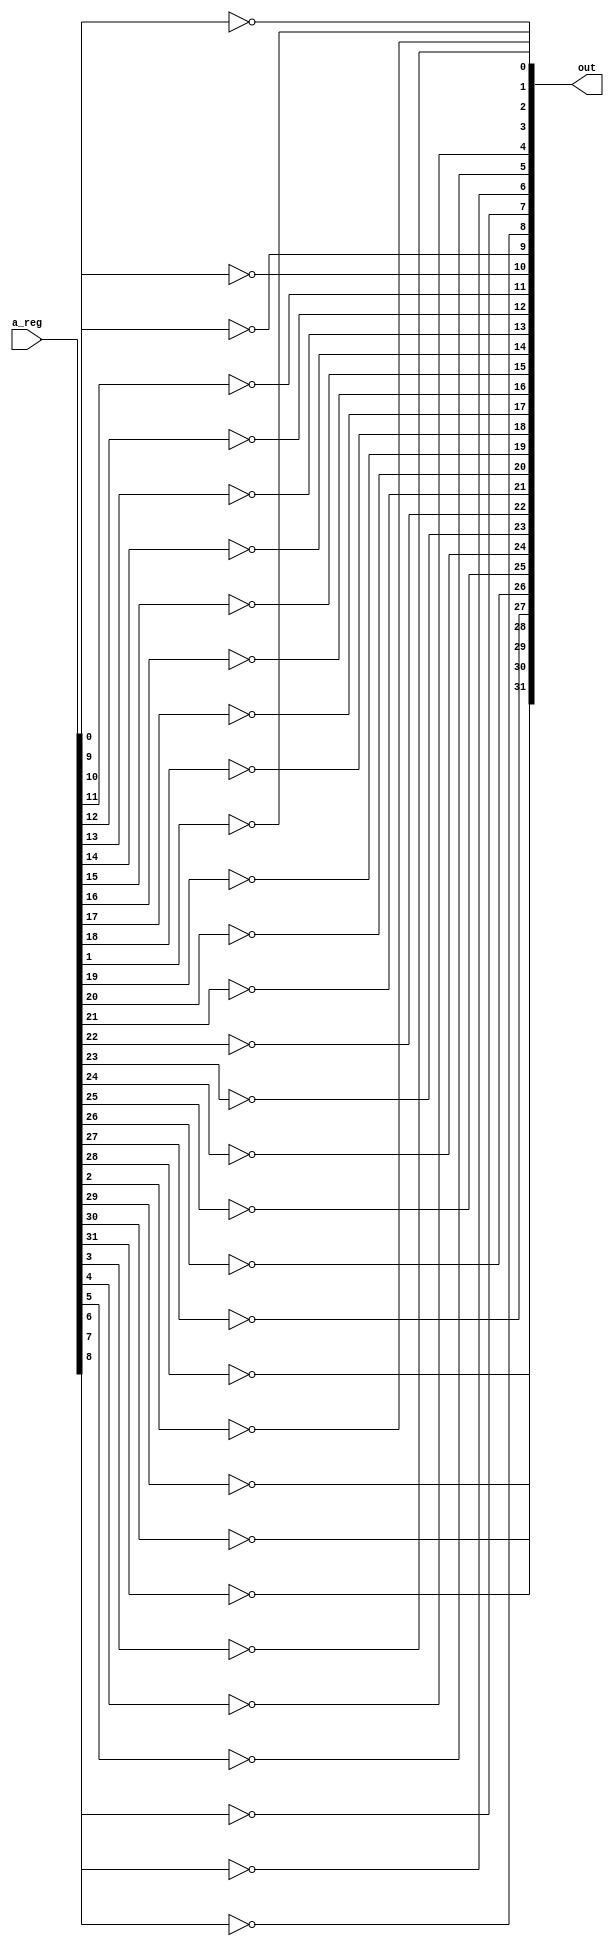
module not_32(input wire[31:0] a_reg,
              output wire [31:0] out);

	genvar i;
	generate
		for (i = 0; i < 32; i = i + 1) begin : loop
			assign out[i] = !a_reg[i];
		end
	endgenerate
endmodule